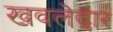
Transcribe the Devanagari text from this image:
खवलेदार